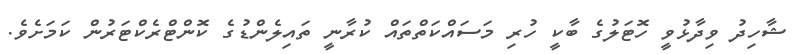
ޝާހިދު ވިދާޅުވީ ހޮޓަލުގެ ބާކީ ހުރި މަސައްކަތްތައް ކުރާނީ ތައިލެންޑުގެ ކޮންޓްރެކްޓަރުން ކަމަށެވެ.